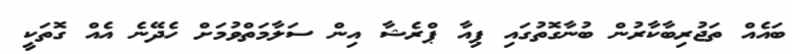
ބައެއް ތަޖުރިބާކާރުން ބުނާގޮތުގައި ޕިއާ ޕްރެޝާ އިން ސަލާމަތްވުމަށް ހެދޭނެ އެއް ގޮތަކީ